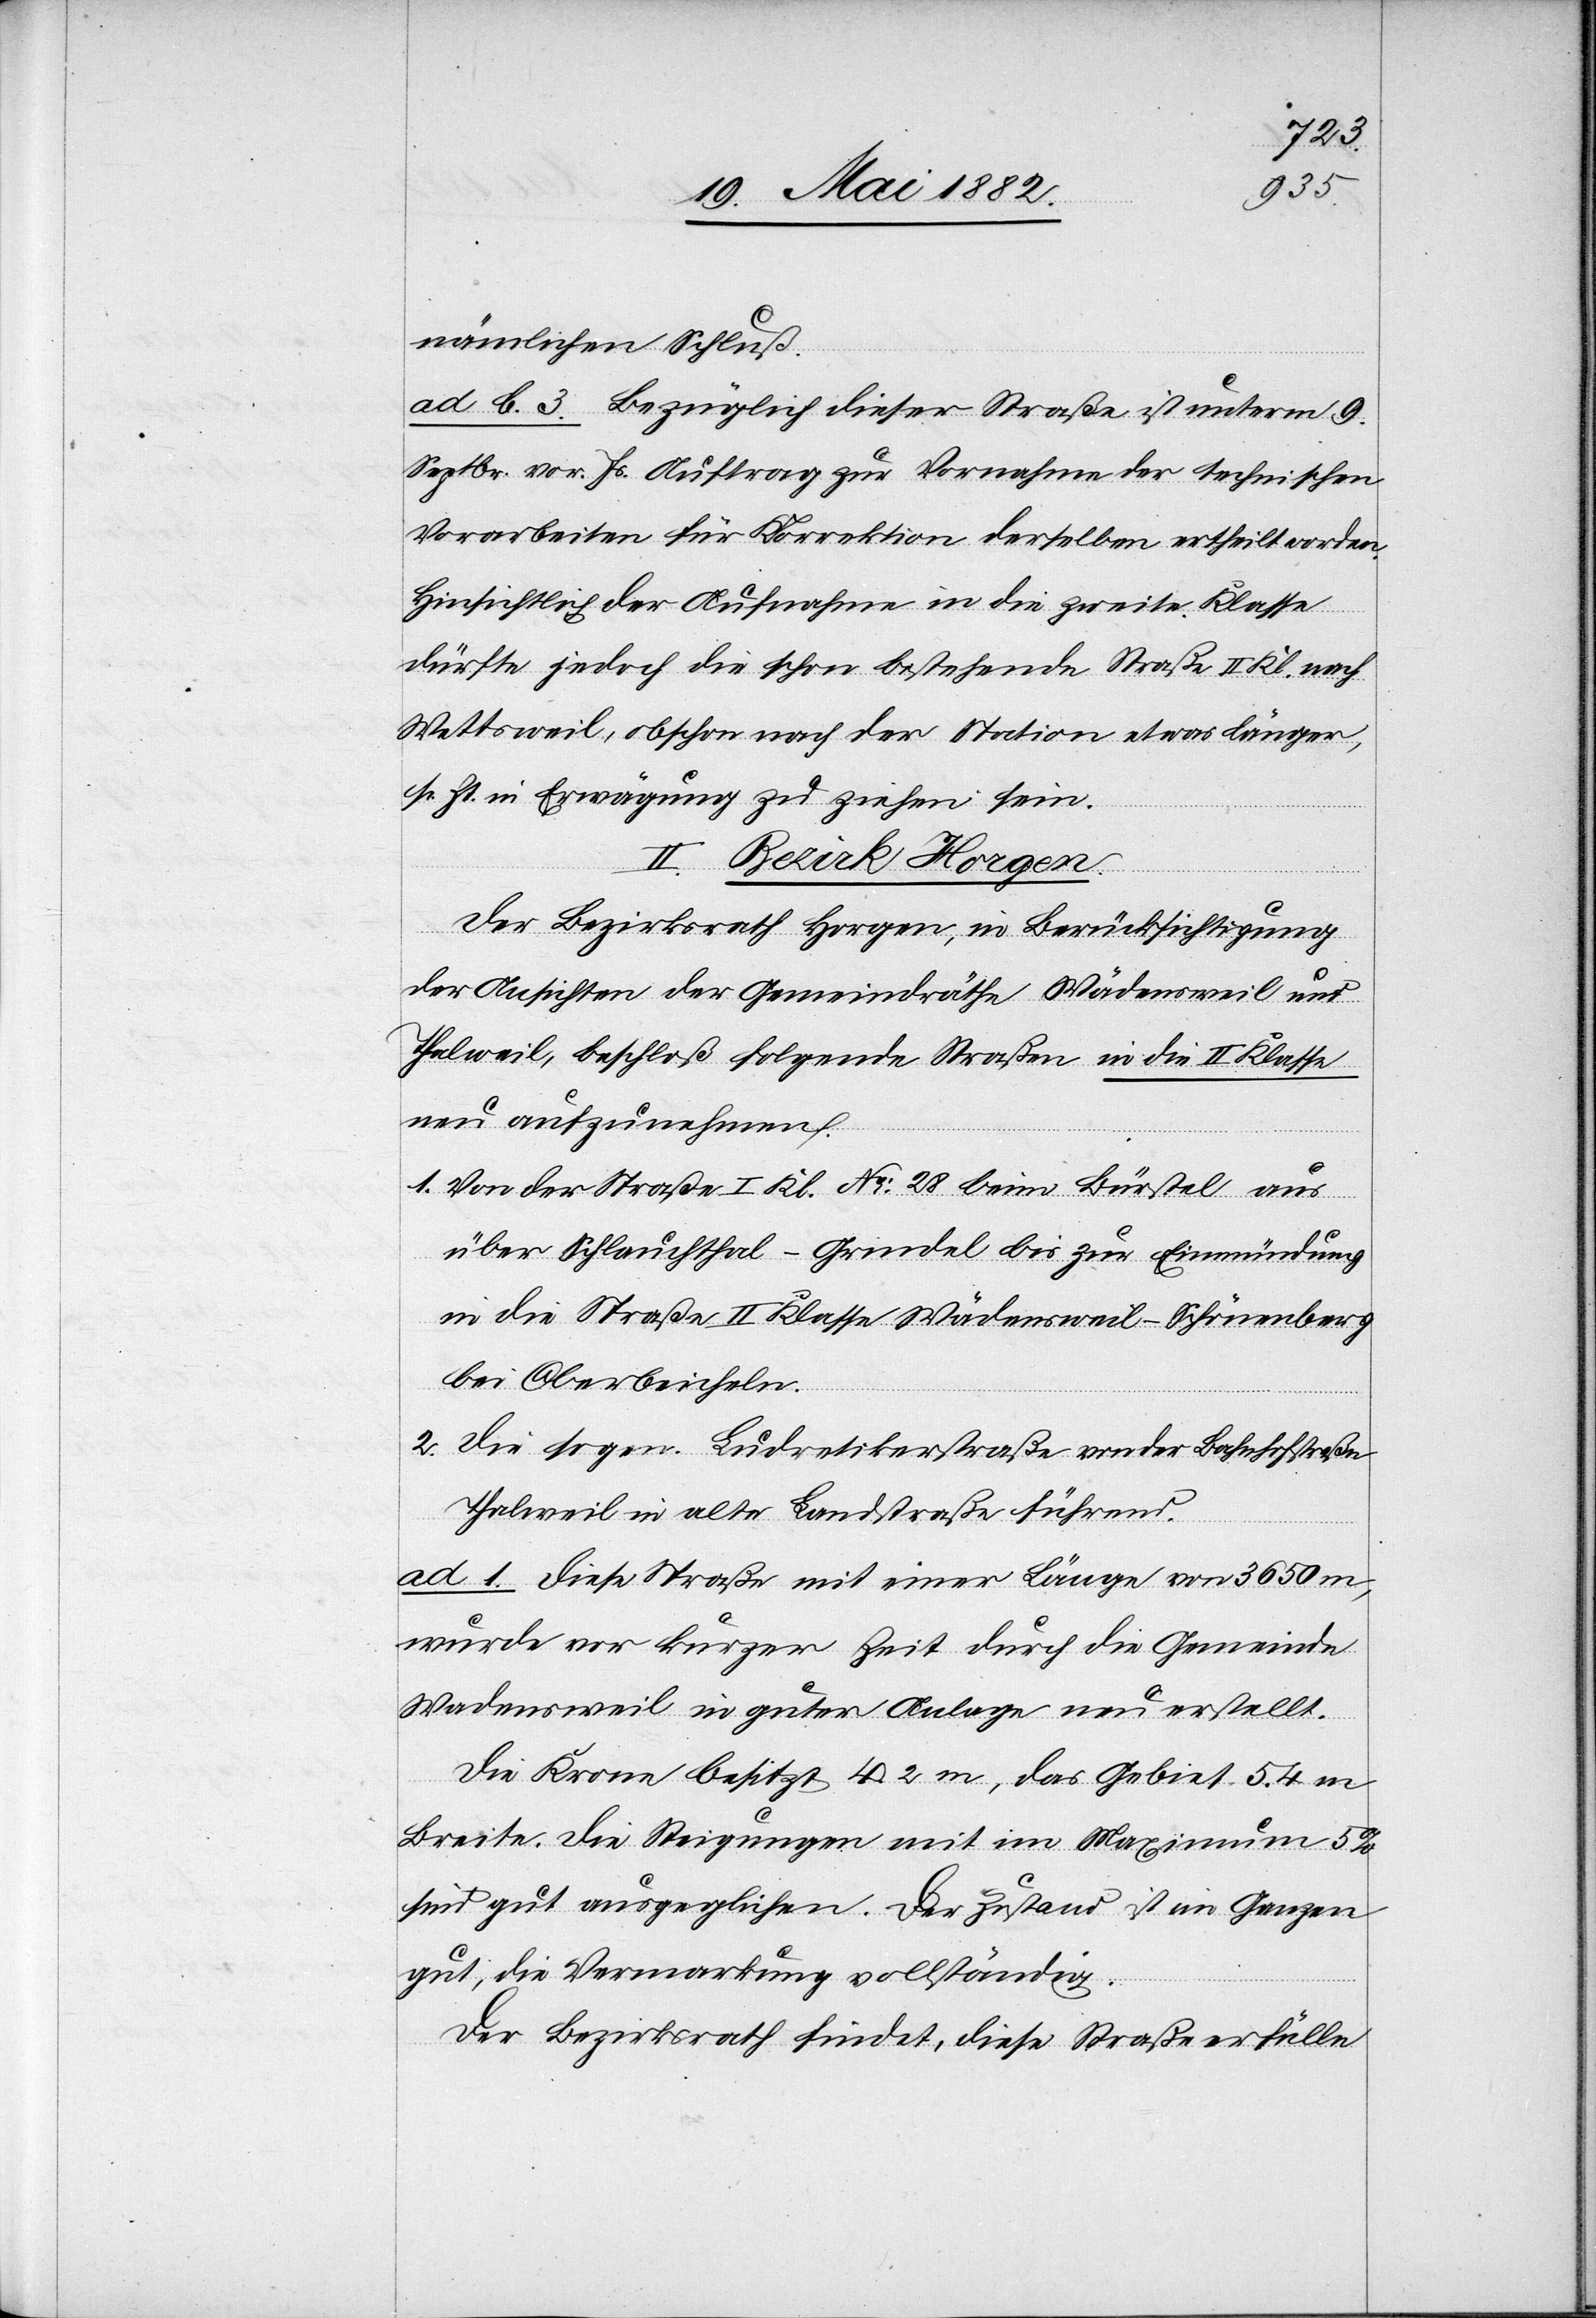
nämlichen Schluß.
ad b. 3. Bezüglich dieser Straße ist unterm 9.
Septbr. vor. Js. Auftrag zur Vornahme der technischen
Vorarbeiten für Korrektion derselben ertheilt worden.
Hinsichtlich der Aufnahme in die zweite Klasse
dürfte jedoch die schon bestehende Straße II. Kl. nach
Wettsweil, obschon nach der Station etwas länger,
sr. Zt. in Erwägung zu ziehen sein.
II. Bezirk Horgen.
Der Bezirksrath Horgen, in Berücksichtigung
der Ansichten der Gemeindräthe Wädensweil und
Thalweil, beschloß folgende Straßen in die II. Klasse
neu aufzunehmen.
1. Von der Straße I. Kl. No 28 beim Bürstel aus
über Schlauchthal–Grindel bis zur Einmündung
in die Straße II. Klasse Wädensweil–Schönenberg
bei Oberbeicheln.
2. Die sogen. Ludretikerstraße von der Bahnhofstraße
Thalweil alte Landstraße führend.
ad 1. Diese Straße mit einer Länge von 3650 m,
wurde vor kurzer Zeit durch die Gemeinde
Wädensweil in guter Anlage neu erstellt.
Die Krone besitzt 4.5 m, das Gebiet 5.4 m
Breite. Die Steigungen mit im Maximum 5%
sind gut ausgeglichen. Der Zustand ist im Ganzen
gut, die Vermarkung vollständig.
Der Bezirksrath findet, diese Straße erfülle